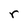
Character: r